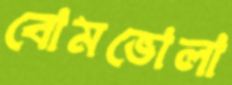
বোমভোলা